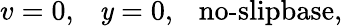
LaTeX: v=0,~~~\mathit{y}=0,~~~\textrm{{no-slipbase,}}